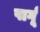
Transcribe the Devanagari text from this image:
पार्गू